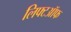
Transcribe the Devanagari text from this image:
लिफ्टऑफ